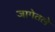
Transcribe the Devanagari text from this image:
जागेतले